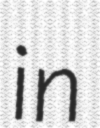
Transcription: in